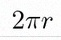
2\pi r